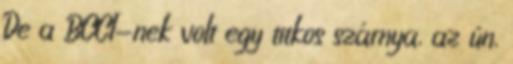
De a BCCI-nek volt egy titkos szárnya, az ún.